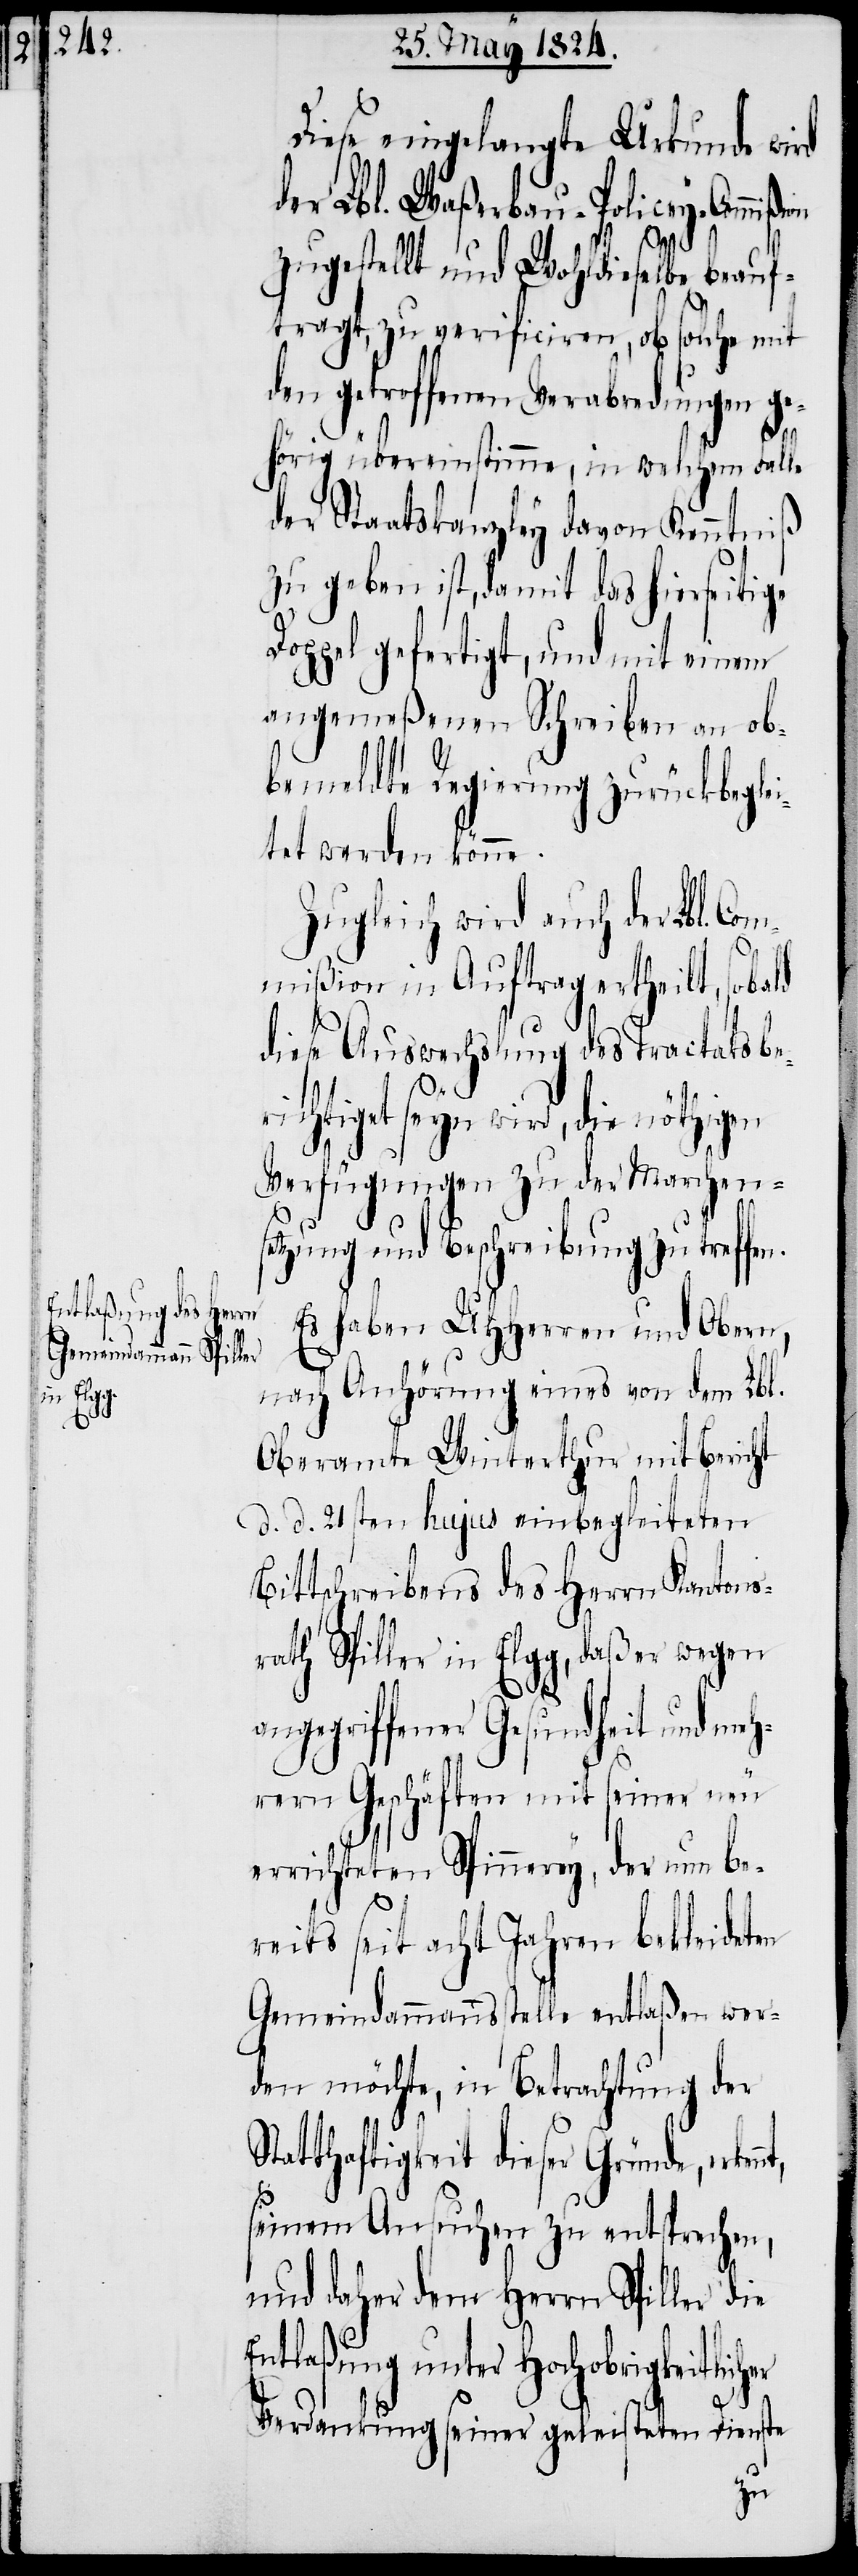
Diese eingelangte Urkunde wird
der Lbl. Waßerbau-Policey-Commißi¬
zugestellt und Wohldieselbe beauf¬
tragt, zu verificiren, ob solche mit
den getroffenen Verabredungen ge¬
er
hörig übereinstimme, in welchem Falle
der Staatskanzley davon Kenntniß
zu geben ist, damit das hierseitige
oppel gefertigt, und mit einem
angemeßenen Schreiben an ob¬
bemeldte Regierung zurückbegle¬
itet werden könne.
Zugleich wird auch der Lbl. Co¬
mmißion in Auftrag ertheilt, soba¬
diese Auswechslung des Tractats be¬
richtiget seyn wird, die nöthigen
Verfügungen zu der Marchens¬
etzung und Beschreibung zu tref¬
Es haben UHHerren und Obern,
nach Anhörung eines von dem Lbl.
Oberamte Winterthur mit Bericht
d. d. 21ssten hujus einbegleiteten
Bittschreibens des Herrn Kantons¬
rath Spiller in Elgg, daß er wegen
angegriffener Gesundheit und meh¬
rern Geschäften mit seiner neu
errichteten Spinnerey, der nun be¬
reits seit acht Jahren bekleideten
Gemeindammannsstelle entlaßen wer¬
den möchte, in Betrachtung der
Statthaftigkeit dieser Gründe, erken¬
seinem Ansuchen zu entsprechen,
und daher dem Herrn Spiller die
Entlaßung unter Hochobrigkeitlich¬
Verdankung seiner geleisteten Dienste